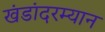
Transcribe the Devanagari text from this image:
खंडांदरम्यान